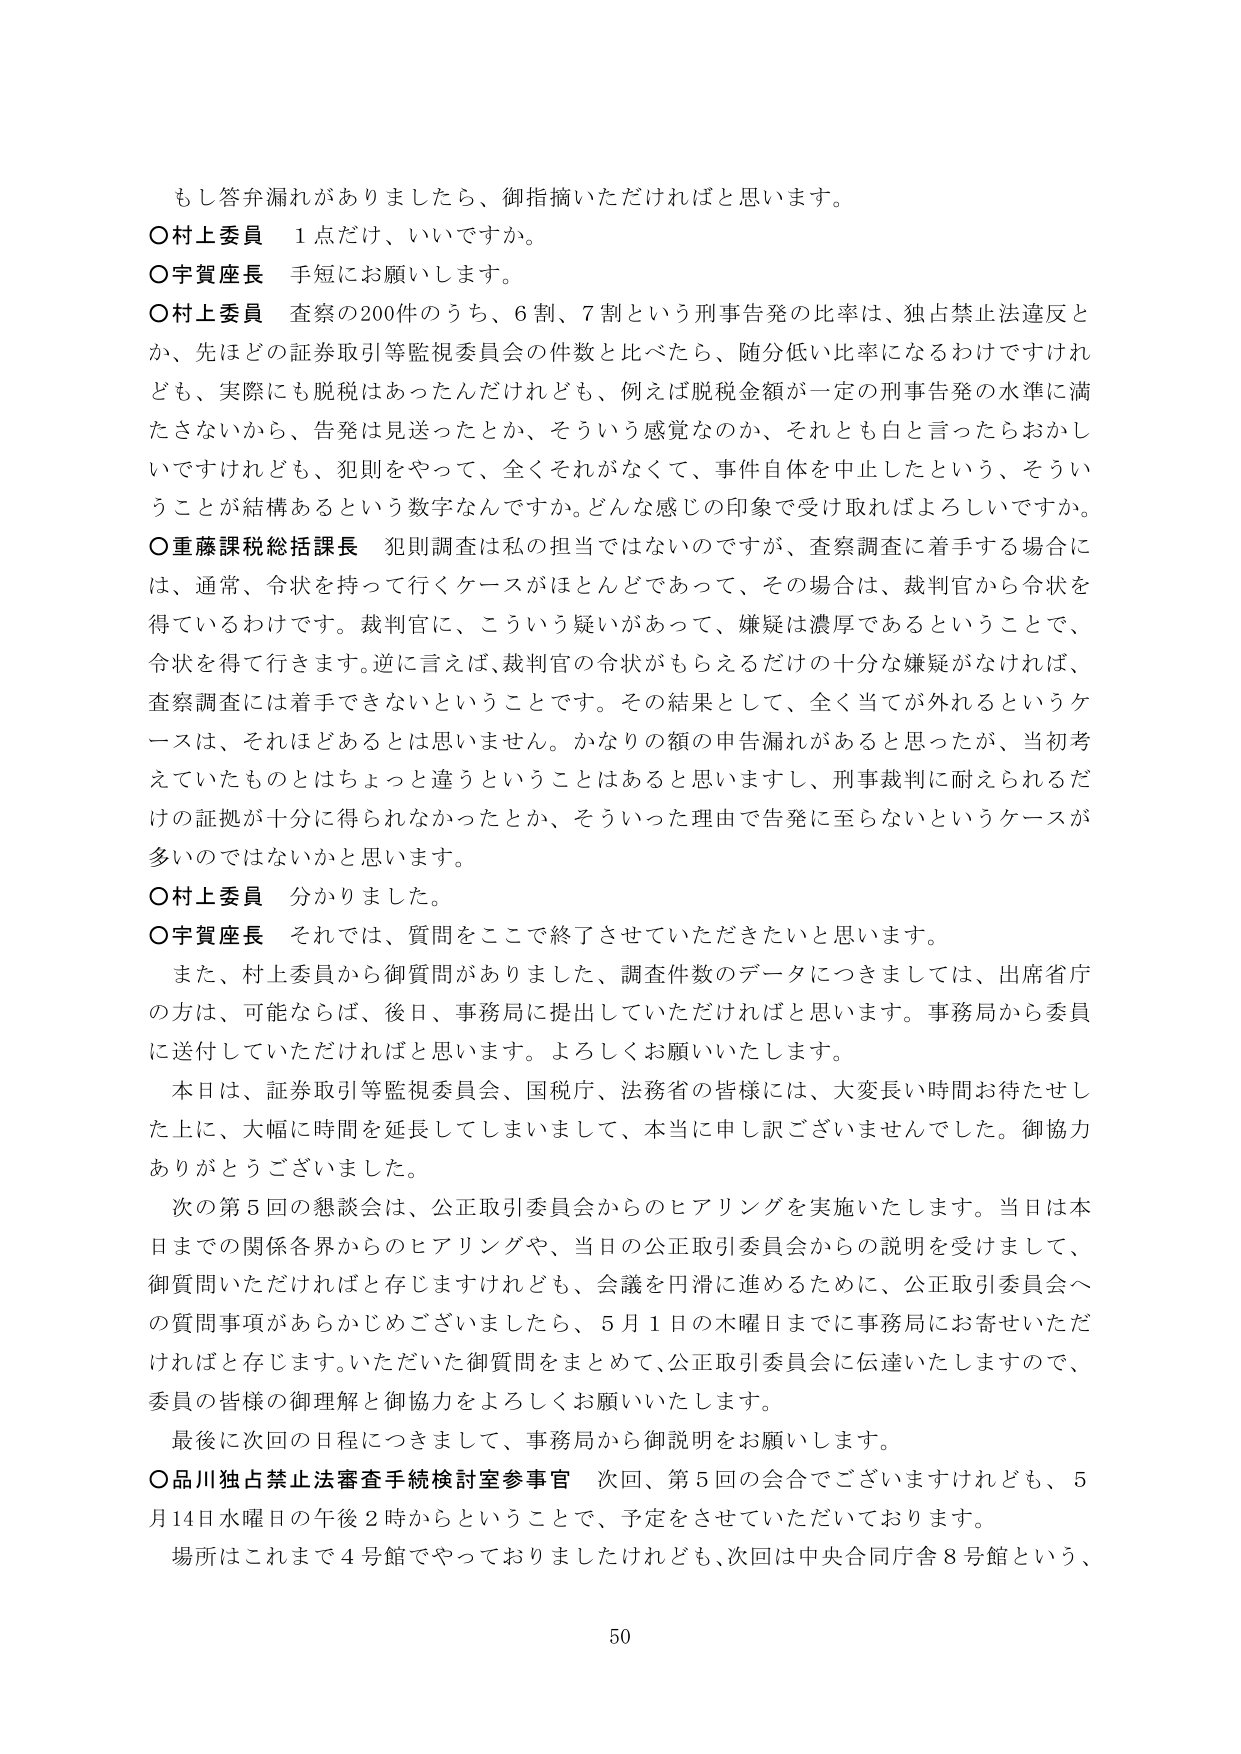
もし答弁漏れがありましたら、御指摘いただければと思います。

○村上委員　1点だけ、いいですか。

○宇賀座長　手短にお願いします。

○村上委員　査察の200件のうち、6割、7割という刑事告発の比率は、独占禁止法違反とか、先ほどの証券取引等監視委員会の件数と比べたら、随分低い比率になるわけですが、実際にも脱税はあったんだけれども、例えば脱税金額が一定の刑事告発の水準に満たさないから、告発は見送ったとか、そういう感覚なのか、それとも白と言ったらおかしいですけれども、犯則をやって、全くそれがなくて、事件自体を中止したという、そういうことが結構あるという数字なんですか。どんな感じの印象で受け取ればよろしいですか。

○重藤課税総括課長　犯則調査は私の担当ではないのですが、査察調査に着手する場合には、通常、令状を持って行くケースがほとんどであって、その場合は、裁判官から令状を得ているわけです。裁判官に、こういう疑いがあって、嫌疑は濃厚であるということで、令状を得て行きます。逆に言えば、裁判官の令状がもらえるだけの十分な嫌疑がなければ、査察調査には着手できないということです。その結果として、全く当てが外れるというケースは、それほどあるとは思いません。かなりの額の申告漏れがあると思ったが、当初考えていたものとはちょっと違うということはあると思いますし、刑事裁判に耐えられるだけの証拠が十分に得られなかったとか、そういった理由で告発に至らないというケースが多いのではないかと思います。

○村上委員　分かりました。

○宇賀座長　それでは、質問をここで終了させていただきたいと思います。

　また、村上委員から御質問がありました、調査件数のデータにつきましては、出席省庁の方は、可能ならば、後日、事務局に提出していただければと思います。事務局から委員に送付していただければと思います。よろしくお願いいたします。

　本日は、証券取引等監視委員会、国税庁、法務省の皆様には、大変長い時間お待たせした上に、大幅に時間を延長してしまいまして、本当に申し訳ございませんでした。御協力ありがとうございました。

　次の第5回の懇談会は、公正取引委員会からのヒアリングを実施いたします。当日は本日までの関係各界からのヒアリングや、当日の公正取引委員会からの説明を受けまして、御質問いただければと存じますけれども、会議を円滑に進めるために、公正取引委員会への質問事項があらかじめございましたら、5月1日の木曜日までに事務局にお寄せいただければと存じます。いただいた御質問をまとめて、公正取引委員会に伝達いたしますので、委員の皆様の御理解と御協力をよろしくお願いいたします。

　最後に次回の日程につきまして、事務局から御説明をお願いします。

○品川独占禁止法審査手続検討室参事官　次回、第5回の会合でございますけれども、5月14日水曜日の午後2時からということで、予定をさせていただいております。

　場所はこれまで4号館でやっておりましたけれども、次回は中央合同庁舎8号館という、

50